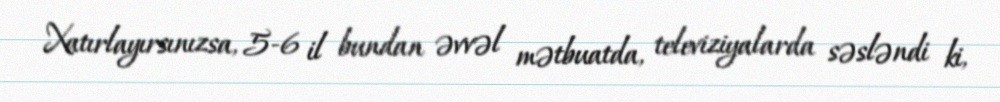
Xatırlayırsınızsa, 5-6 il bundan əvvəl mətbuatda, televiziyalarda səsləndi ki,